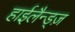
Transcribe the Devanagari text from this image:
हाईलैन्ड्ज़